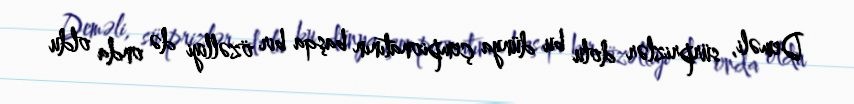
Deməli, sürprizlər dolu bu dünya çempionatının başqa bir özəlliyi də onda oldu